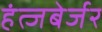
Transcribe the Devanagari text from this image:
हंत्जबेर्जर